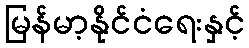
မြန်မာ့နိုင်ငံရေးနှင့်